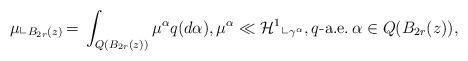
LaTeX: \begin{align*}\mu \llcorner_{B_{2r}(z)}\, = \, \int_{Q( B_{2r}(z) ) } \mu^{\alpha} q(d\alpha), \mu^{\alpha } \ll \mathcal{H}^{1}\llcorner_{\gamma^{\alpha}}, q\textrm{-a.e.} \, \alpha \in Q( B_{2r}(z) ),\end{align*}